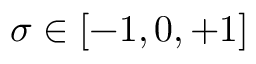
\sigma \in \left[ - 1 , 0 , + 1 \right]